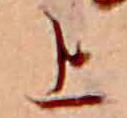
上